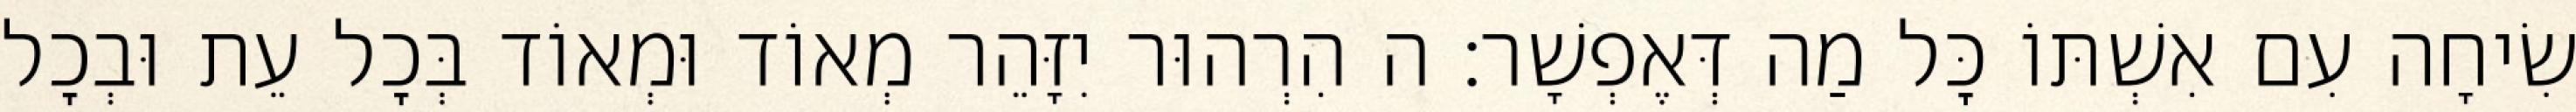
שִׂיחָה עִם אִשְׁתּוֹ כׇּל מַה דְּאֶפְשָׁר: ה הִרְהוּר יִזָּהֵר מְאוֹד וּמְאוֹד בְּכׇל עֵת וּבְכׇל